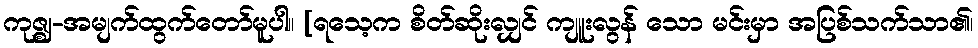
ကုဇ္ဈ-အမျက်ထွက်တော်မူပါ။ [ရသေ့က စိတ်ဆိုးလျှင် ကျူးလွန် သော မင်းမှာ အပြစ်သက်သာ၏၊